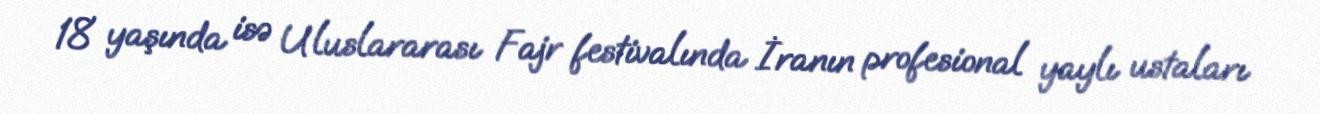
18 yaşında isə Uluslararası Fajr festivalında İranın profesional yaylı ustaları